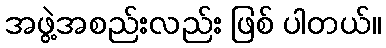
အဖွဲ့အစည်းလည်း ဖြစ် ပါတယ်။